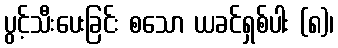
ပွင့်သီးပေးခြင်း စသော ယခင်ရှစ်ပါး (၈)၊